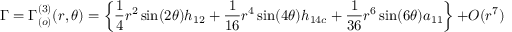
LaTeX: \Gamma = \Gamma _ { ( o ) } ^ { ( 3 ) } ( r , \theta ) = \left\{ \frac { 1 } { 4 } r ^ { 2 } \sin ( 2 \theta ) h _ { 1 2 } + \frac { 1 } { 1 6 } r ^ { 4 } \sin ( 4 \theta ) h _ { 1 4 c } + \frac { 1 } { 3 6 } r ^ { 6 } \sin ( 6 \theta ) a _ { 1 1 } \right\} \ + O ( r ^ { 7 } ) \ .